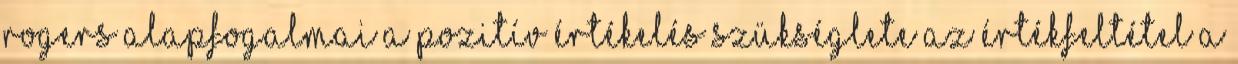
Rogers alapfogalmai A pozitív értékelés szükséglete Az értékfeltétel A